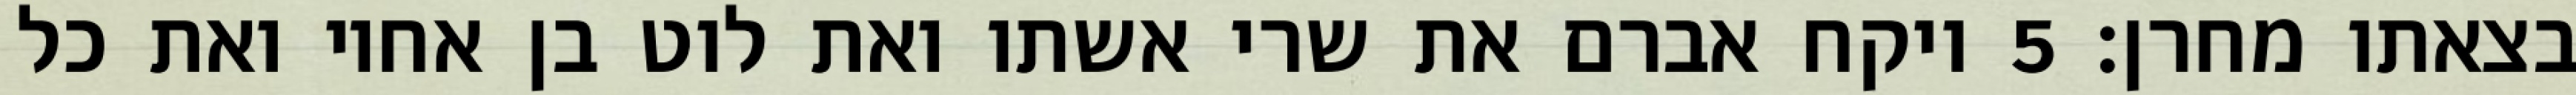
בצאתו מחרן׃ ‎5‏ ויקח אברם את שרי אשתו ואת לוט בן אחיו ואת כל